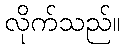
လိုက်သည်။